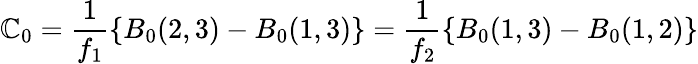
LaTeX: \mathbb{C}_{0}=\frac{{1}}{{f_{1}}}\{ B_{0}(2,3)-B_{0}(1,3)\} =\frac{{1}}{{f_{2}}}\{ B_{0}(1,3)-B_{0}(1,2)\}